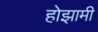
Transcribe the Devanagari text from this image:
होझामी